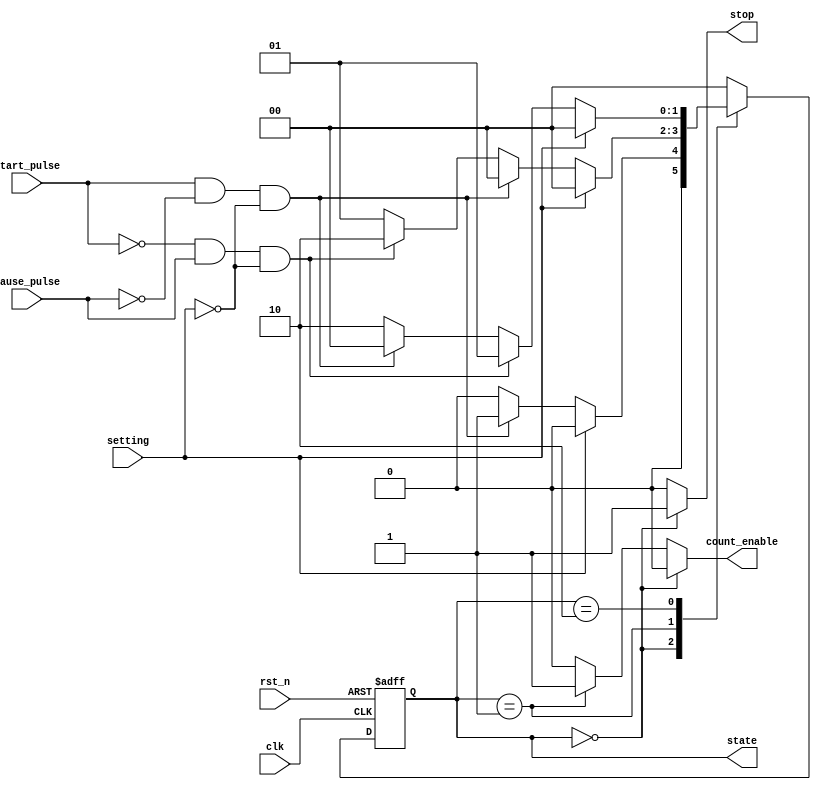
`timescale 1ns / 1ps

module fsm(
    state,  //for debug
    count_enable,
    stop,
    start_pulse,
    pause_pulse,
    setting,
    clk,
    rst_n
);
output [1:0] state;   //for debug
output count_enable, stop;
input start_pulse, pause_pulse, setting;
input clk, rst_n;
reg count_enable, stop, rst_state;
reg [1:0] state;
reg [1:0] next_state;

//FSM state decision
always @*
    case (state)
        //stop(reset) state
        2'b00:
        if (setting == 1'b1)
            next_state = 2'b00;
        else if (start_pulse == 1'b1 && pause_pulse == 1'b0 && setting == 1'b0)
            next_state = 2'b01;
        else
            next_state = 2'b00;

        //start state
        2'b01:
        if (setting == 1'b1)
            next_state = 2'b00;
        else if (start_pulse == 1'b1 && pause_pulse == 1'b0 && setting == 1'b0)
            next_state = 2'b00;
        else if (start_pulse == 1'b0 && pause_pulse == 1'b1 && setting == 1'b0)
            next_state = 2'b10;
        else
            next_state = 2'b01;

        //pause state
        2'b10:
        if (setting == 1'b1)
            next_state = 2'b00;
        else if (start_pulse == 1'b0 && pause_pulse == 1'b1 && setting == 1'b0)
            next_state = 2'b01;
        else if(start_pulse == 1'b1 && pause_pulse == 1'b0 && setting == 1'b0)
            next_state = 2'b00;
        else
            next_state = 2'b10;
        
        default:    //only for format of case
            next_state = 2'b00;
                
    endcase

always @*
    //stop(reset) state
    if (state == 2'b00) begin
        count_enable = 1'b0;
        stop = 1'b1;
    end
    //start state
    else if (state == 2'b01) begin
        count_enable = 1'b1;
        stop = 1'b0;
    end
    //pause state
    else begin
        count_enable = 1'b0;
        stop = 1'b0;
    end 

//FSM state transition
always @(posedge clk or negedge rst_n)
    if (~rst_n)
        state <= 2'b00;
    else
        state <= next_state;

endmodule